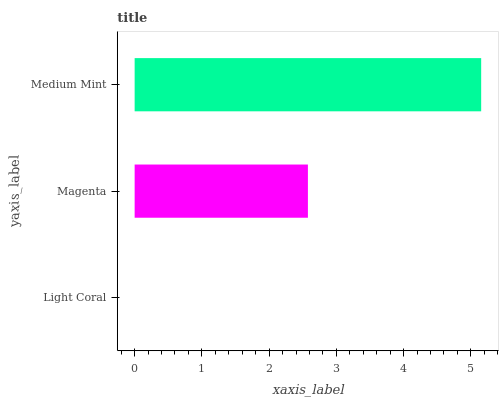
| yaxis_label | bars |
 | --- | --- |
 | Light Coral | 0 |
 | Magenta | 2.58 |
 | Medium Mint | 5.15 |